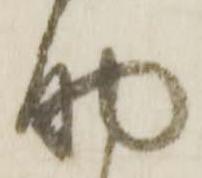
助